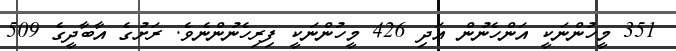
351 މީހުންނަކީ އަންހެނުން އަދި 426 މީހުންނަކީ ފިރިހެނުންނެވެ. ރަށުގެ އާބާދީގެ 509